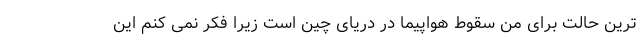
ترین حالت برای من سقوط هواپیما در دریای چین است زیرا فکر نمی کنم این